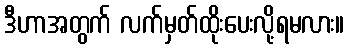
ဒီဟာအတွက် လက်မှတ်ထိုးပေးလို့ရမလား။